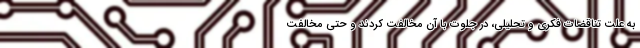
به علت تناقضات فکری و تحلیلی، در جلوت با آن مخالفت کردند و حتی مخالفت